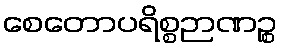
စေတောပရိစ္စဉာဏဉ္စ